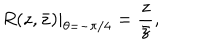
R ( z , \bar { z } ) | _ { \theta = - \pi / 4 } = \frac { z } { \bar { z } } ,